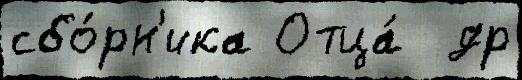
сбо́рн'ика Отца́  др